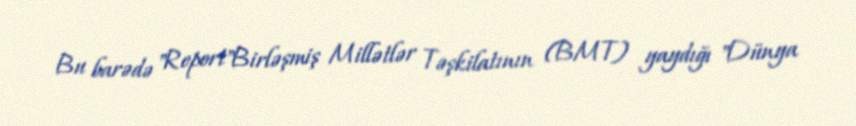
Bu barədə "Report"Birləşmiş Millətlər Təşkilatının (BMT) yaydığı "Dünya